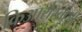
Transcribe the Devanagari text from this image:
किआरोस्तामी